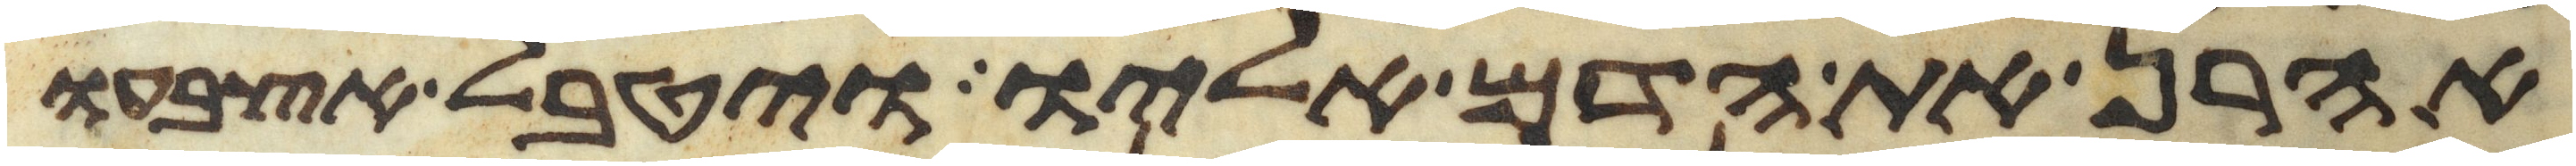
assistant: אהרן את הדם אליו ויטבל אצבעו